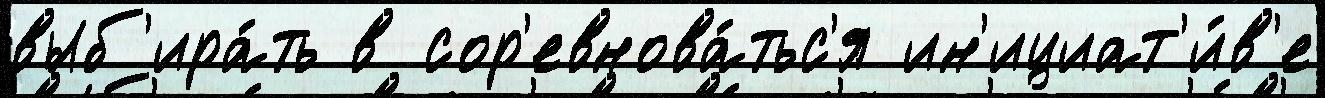
выб'ира́ть в сор'евнова́тьс'я ин'ициат'и́в'е